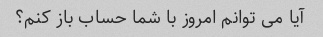
آیا می توانم امروز با شما حساب باز کنم؟